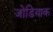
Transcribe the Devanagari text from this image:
जोडियाक